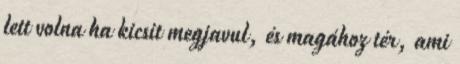
lett volna ha kicsit megjavul, és magához tér, ami